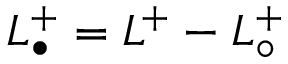
L _ { \bullet } ^ { + } = L ^ { + } - L _ { \circ } ^ { + }